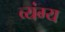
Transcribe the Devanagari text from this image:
व्‍यंग्य